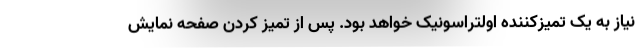
نیاز به یک تمیزکننده اولتراسونیک خواهد بود. پس از تمیز کردن صفحه نمایش